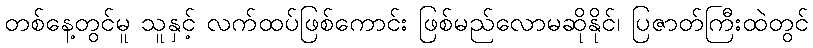
တစ်နေ့တွင်မူ သူနှင့် လက်ထပ်ဖြစ်ကောင်း ဖြစ်မည်လောမဆိုနိုင်၊ ပြဇာတ်ကြီးထဲတွင်